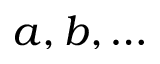
a , b , \ldots